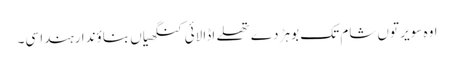
اوہ سویر توں شام تک بوہڑ دے تھلے اڈا لائی کنگھیاں بناؤندا رہندا سی۔